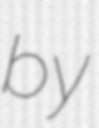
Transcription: by